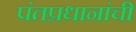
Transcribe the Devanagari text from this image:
पंतप्रधानांची